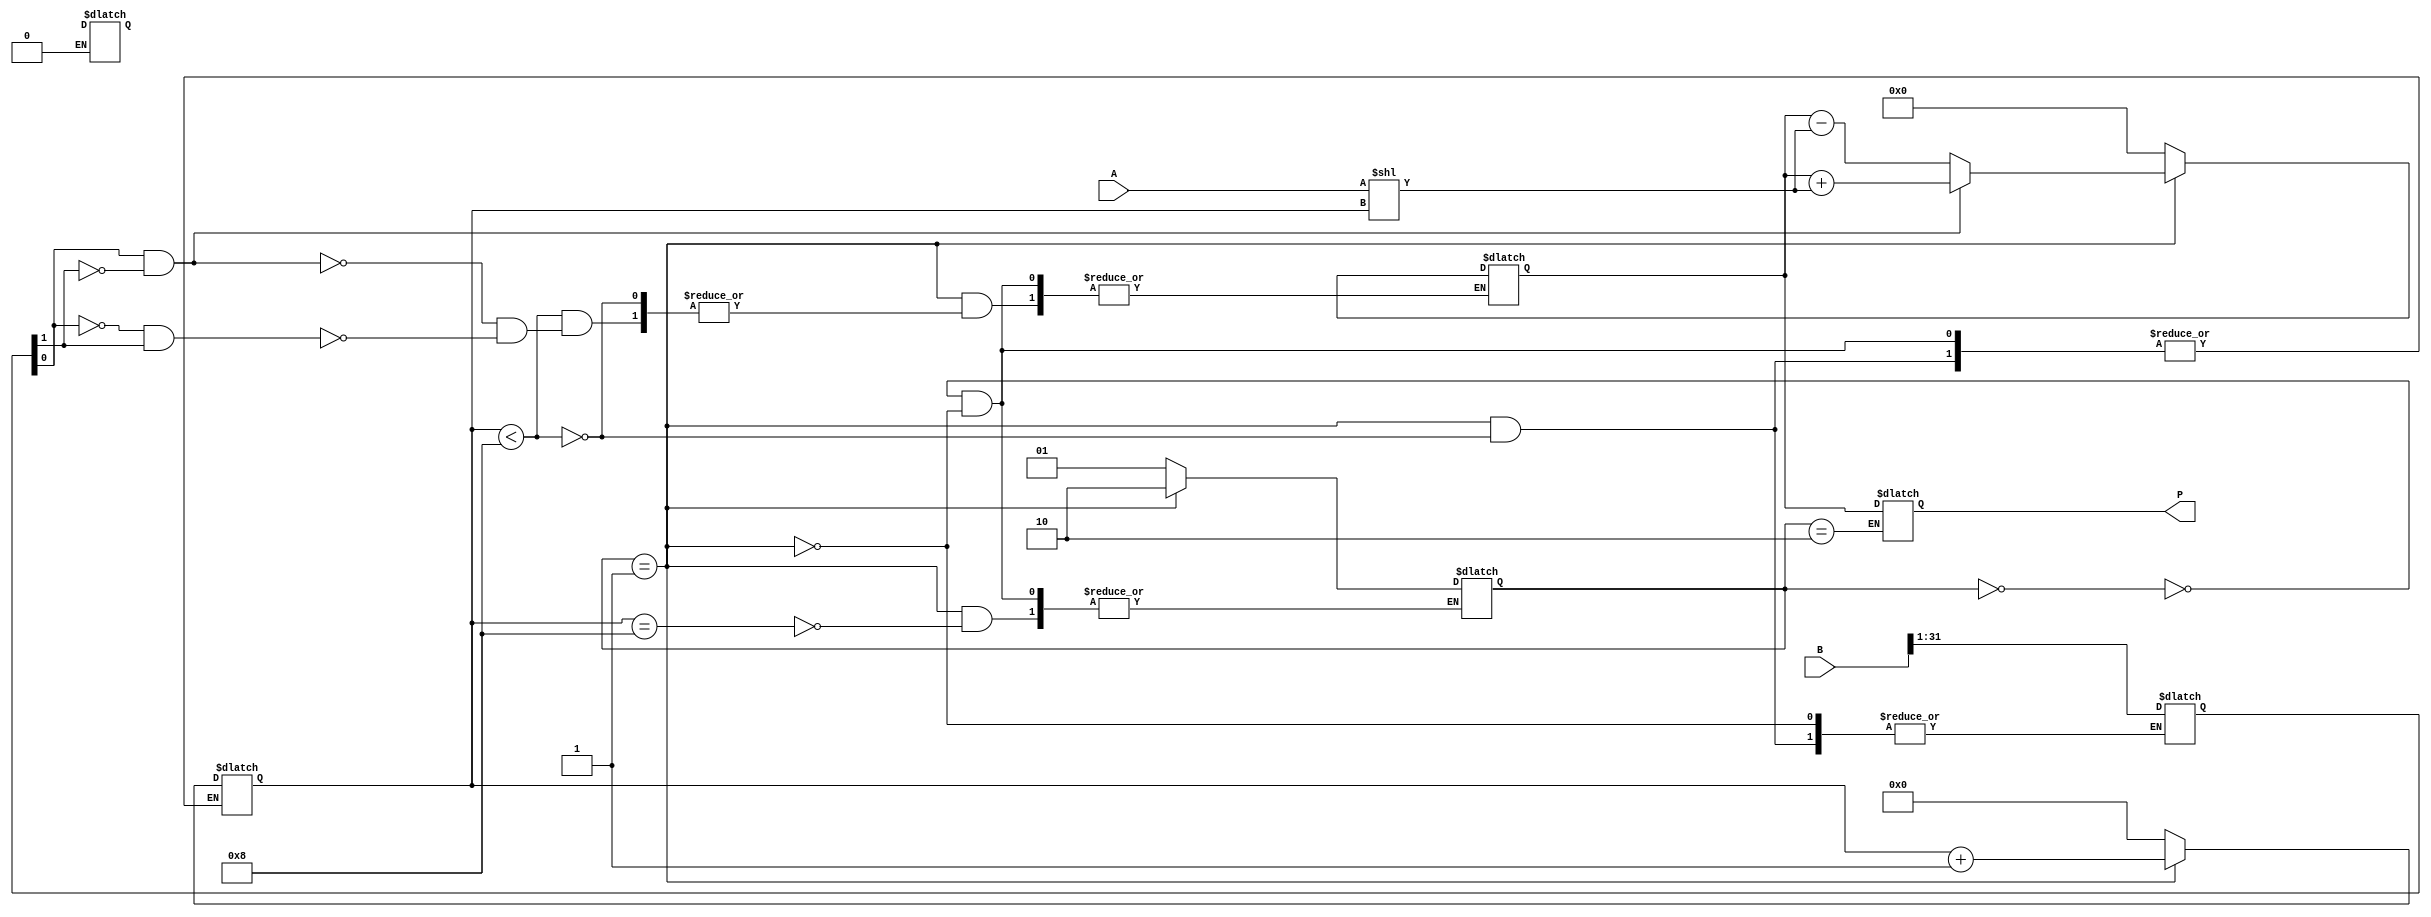
module BoothMultiplier(
    input wire [31:0] A,
    input wire [31:0] B,
    output reg [63:0] P
);

reg [63:0] Acc;
reg [7:0] count;
reg [1:0] state;

always @(*) begin
    case(state)
        2'b00: begin // Initialize
            Acc <= 64'd0;
            count <= 8'd0;
            state <= 2'd1;
        end
        2'b01: begin // Calculate Booth Encoding
            if(count < 8) begin
                if(B[0] == 1 && B[1] == 0) begin
                    Acc <= Acc + (A << count);
                end
                else if(B[0] == 0 && B[1] == 1) begin
                    Acc <= Acc - (A << count);
                end
                B <= {B[31], B[31:1]};
                count <= count + 1;
            end
            if(count == 8) begin
                state <= 2'd2;
            end
        end
        2'b10: begin // Done
            P <= Acc;
        end
    endcase
end

endmodule